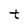
Character: t